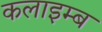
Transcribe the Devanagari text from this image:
कलाइम्ब